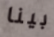
بينا